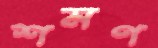
শমণ